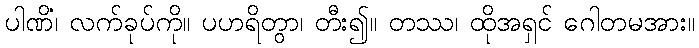
ပါဏိံ၊ လက်ခုပ်ကို။ ပဟရိတွာ၊ တီး၍။ တဿ၊ ထိုအရှင် ဂေါတမအား။